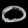
Digit: ၀